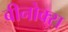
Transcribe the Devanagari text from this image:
बीनोक्स